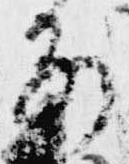
前